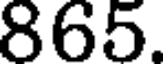
865.